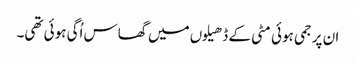
ان پر جمی ہوئی مٹی کے ڈھیلوں میں گھاس اُگی ہوئی تھی۔